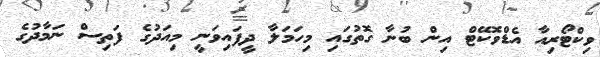
ވިކްޓޯރިއާ އެޑްވޮކޭޓް އިން ބުނާ ގޮތުގައި މިހަމަލާ ދީފައިވަނީ މިއަދުގެ ފަތިސް ނަމާދުގެ